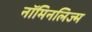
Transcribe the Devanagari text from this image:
नॉमिनलिज्म